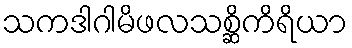
သကဒါဂါမိဖလသစ္ဆိကိရိယာ